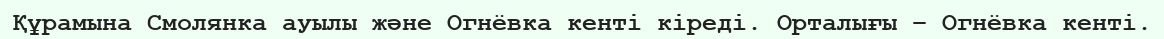
Құрамына Смолянка ауылы және Огнёвка кенті кіреді. Орталығы – Огнёвка кенті.